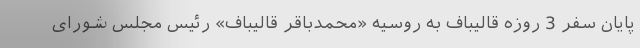
پایان سفر 3 روزه قالیباف به روسیه «محمدباقر قالیباف» رئیس مجلس شورای